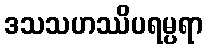
ဒသသဟဿိပရမ္ပရာ